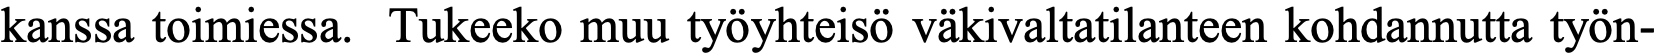
kanssa toimiessa. Tukeeko muu työyhteisö väkivaltatilanteen kohdannutta työn-